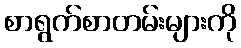
စာရွက်စာတမ်းများကို